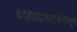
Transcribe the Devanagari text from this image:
व्याख्यानमालेपासून